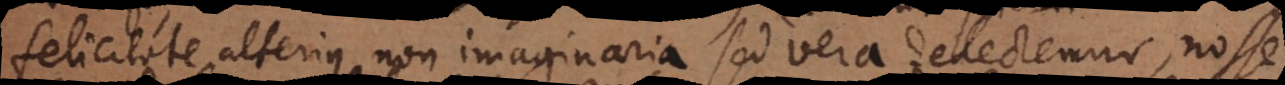
felicitate alterius non imaginaria sed vera delectemur, nos